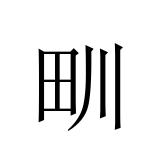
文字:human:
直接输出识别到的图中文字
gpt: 甽